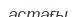
астағы